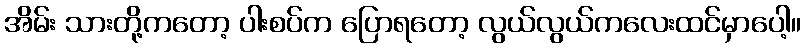
အိမ်း သားတို့ကတော့ ပါးစပ်က ပြောရတော့ လွယ်လွယ်ကလေးထင်မှာပေါ့။